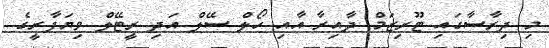
މި ދިރާސާގައި ޓޫރިޒަމް ދާއިރާ އާއި ހޯލް ސޭލް އަދި ރީޓޭލް ވިޔަފާރީގެ